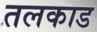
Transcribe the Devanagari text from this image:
तलकाड